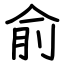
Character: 俞